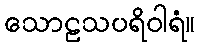
သောဠသပရိဝါရံ။